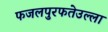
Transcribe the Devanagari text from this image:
फजलपुरफतेउल्ला